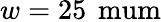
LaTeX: w=25\, \mathrm{\ mum}